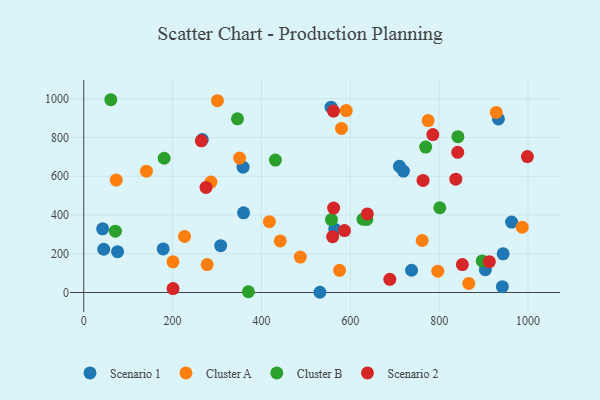
{"axis": {"x": "Experience", "y": "Profit"}, "legend": ["Cluster A", "Cluster B", "Scenario 1", "Scenario 2"], "data": [{"x": "308.2", "y": 241.8, "type": "Scenario 1"}, {"x": "933.3", "y": 895.9, "type": "Scenario 1"}, {"x": "42.5", "y": 328.6, "type": "Scenario 1"}, {"x": "719.5", "y": 626.5, "type": "Scenario 1"}, {"x": "942.2", "y": 30.2, "type": "Scenario 1"}, {"x": "359.7", "y": 411.3, "type": "Scenario 1"}, {"x": "76.1", "y": 210.4, "type": "Scenario 1"}, {"x": "963.0", "y": 363.4, "type": "Scenario 1"}, {"x": "944.0", "y": 199.8, "type": "Scenario 1"}, {"x": "737.8", "y": 114.8, "type": "Scenario 1"}, {"x": "45.0", "y": 223.1, "type": "Scenario 1"}, {"x": "266.8", "y": 789.1, "type": "Scenario 1"}, {"x": "556.6", "y": 956.3, "type": "Scenario 1"}, {"x": "178.8", "y": 225.0, "type": "Scenario 1"}, {"x": "358.6", "y": 646.8, "type": "Scenario 1"}, {"x": "565.1", "y": 326.6, "type": "Scenario 1"}, {"x": "903.9", "y": 117.8, "type": "Scenario 1"}, {"x": "531.6", "y": 1.1, "type": "Scenario 1"}, {"x": "710.6", "y": 651.4, "type": "Scenario 1"}, {"x": "580.1", "y": 846.8, "type": "Cluster A"}, {"x": "928.5", "y": 929.6, "type": "Cluster A"}, {"x": "73.1", "y": 580.2, "type": "Cluster A"}, {"x": "417.9", "y": 365.3, "type": "Cluster A"}, {"x": "442.3", "y": 266.2, "type": "Cluster A"}, {"x": "200.8", "y": 158.5, "type": "Cluster A"}, {"x": "575.7", "y": 114.3, "type": "Cluster A"}, {"x": "761.8", "y": 268.4, "type": "Cluster A"}, {"x": "286.3", "y": 569.9, "type": "Cluster A"}, {"x": "226.9", "y": 289.2, "type": "Cluster A"}, {"x": "350.7", "y": 693.8, "type": "Cluster A"}, {"x": "986.8", "y": 337.1, "type": "Cluster A"}, {"x": "590.8", "y": 939.0, "type": "Cluster A"}, {"x": "300.9", "y": 989.8, "type": "Cluster A"}, {"x": "775.1", "y": 887.5, "type": "Cluster A"}, {"x": "866.6", "y": 46.8, "type": "Cluster A"}, {"x": "487.4", "y": 182.7, "type": "Cluster A"}, {"x": "277.8", "y": 144.0, "type": "Cluster A"}, {"x": "141.1", "y": 626.2, "type": "Cluster A"}, {"x": "796.9", "y": 109.8, "type": "Cluster A"}, {"x": "769.6", "y": 750.7, "type": "Cluster B"}, {"x": "896.8", "y": 163.1, "type": "Cluster B"}, {"x": "801.4", "y": 437.4, "type": "Cluster B"}, {"x": "628.5", "y": 378.0, "type": "Cluster B"}, {"x": "842.2", "y": 804.0, "type": "Cluster B"}, {"x": "637.0", "y": 377.0, "type": "Cluster B"}, {"x": "60.9", "y": 994.9, "type": "Cluster B"}, {"x": "71.2", "y": 316.6, "type": "Cluster B"}, {"x": "431.3", "y": 683.6, "type": "Cluster B"}, {"x": "181.0", "y": 692.9, "type": "Cluster B"}, {"x": "346.0", "y": 896.3, "type": "Cluster B"}, {"x": "557.6", "y": 376.2, "type": "Cluster B"}, {"x": "370.6", "y": 3.8, "type": "Cluster B"}, {"x": "688.9", "y": 67.7, "type": "Scenario 2"}, {"x": "201.0", "y": 20.0, "type": "Scenario 2"}, {"x": "998.5", "y": 701.7, "type": "Scenario 2"}, {"x": "562.1", "y": 936.1, "type": "Scenario 2"}, {"x": "912.9", "y": 158.9, "type": "Scenario 2"}, {"x": "638.2", "y": 405.5, "type": "Scenario 2"}, {"x": "275.2", "y": 542.4, "type": "Scenario 2"}, {"x": "852.2", "y": 143.9, "type": "Scenario 2"}, {"x": "562.4", "y": 435.9, "type": "Scenario 2"}, {"x": "837.4", "y": 585.0, "type": "Scenario 2"}, {"x": "560.2", "y": 288.0, "type": "Scenario 2"}, {"x": "841.7", "y": 723.5, "type": "Scenario 2"}, {"x": "763.7", "y": 578.5, "type": "Scenario 2"}, {"x": "785.7", "y": 815.0, "type": "Scenario 2"}, {"x": "586.8", "y": 319.3, "type": "Scenario 2"}, {"x": "264.7", "y": 782.9, "type": "Scenario 2"}]}